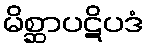
မိစ္ဆာပဋိပဒံ